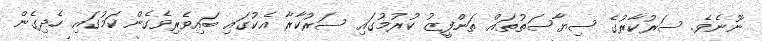
ނޫނެވެ. ސަރުކާރުގެ ސިޔާސަތުތައް ތަންފީޒު ކުރުމުގައި ސަރުކާރާ އެކުގައި ބައިވެރިވެގެން ކަމުގައި ހެދިގެން